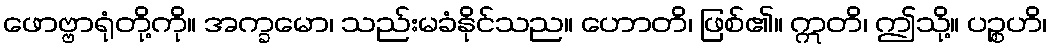
ဖောဗ္ဗာရုံတို့ကို။ အက္ခမော၊ သည်းမခံနိုင်သည။ ဟောတိ၊ ဖြစ်၏။ ဣတိ၊ ဤသို့။ ပဉ္စဟိ၊